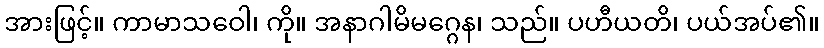
အားဖြင့်။ ကာမာသဝေါ၊ ကို။ အနာဂါမိမဂ္ဂေန၊ သည်။ ပဟီယတိ၊ ပယ်အပ်၏။